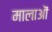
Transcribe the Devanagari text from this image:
मालाऒं